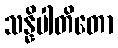
သန္နိပါတိတော